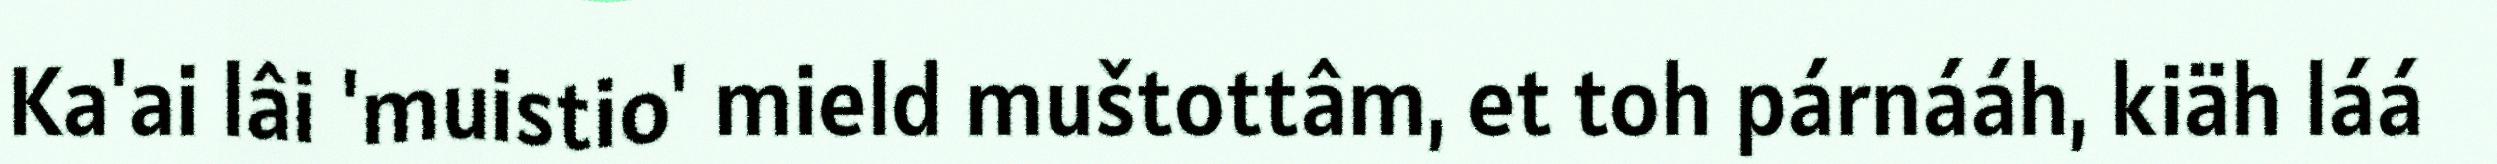
Ka'ai lâi 'muistio' mield muštottâm, et toh párnááh, kiäh láá